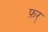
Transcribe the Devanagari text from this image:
फ़र्